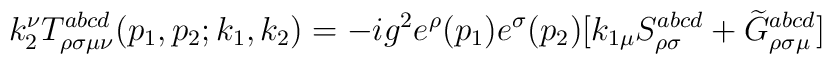
k_2^\nu T_{\rho \sigma \mu \nu }^{abcd}(p_1,p_2;k_1,k_2)=-ig^2e^\rho(p_1)e^\sigma (p_2)[k_{1\mu }S_{\rho \sigma }^{abcd}+\widetilde{G}_{\rho\sigma \mu }^{abcd}]